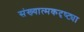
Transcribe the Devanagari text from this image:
संख्यात्मकदृष्ट्या